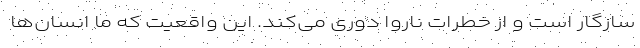
سازگار است و از خطرات ناروا دوری می‌کند. این واقعیت که ما انسان‌ها